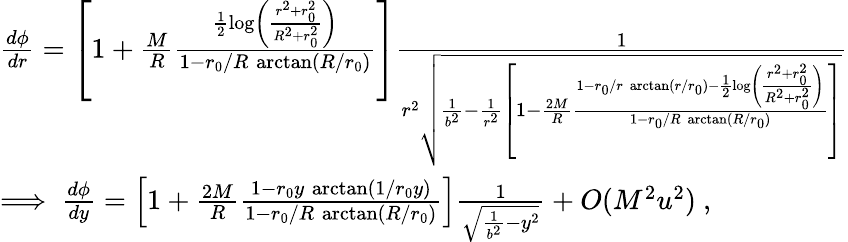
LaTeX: \begin{array}{l}{{\frac{d\phi}{dr}=\left[1+\frac{M}{R}\frac{\frac{1}{2}\log\left(\frac{r^{2}+r_{0}^{2}}{R^{2}+r_{0}^{2}}\right)}{1-r_{0}/R\, \arctan(R/r_{0})}\right]\frac{1}{r^{2}\sqrt{\frac{1}{b^{2}}-\frac{1}{r^{2}}\left[1-\frac{2M}{R}\frac{1-r_{0}/r\, \arctan(r/r_{0})-\frac{1}{2}\log\left(\frac{r^{2}+r_{0}^{2}}{R^{2}+r_{0}^{2}}\right)}{1-r_{0}/R\, \arctan(R/r_{0})}\right]}}}}\\ {{\Longrightarrow\ \frac{d\phi}{dy}=\left[1+\frac{2M}{R}\frac{1-r_{0}y\, \arctan(1/r_{0}y)}{1-r_{0}/R\, \arctan(R/r_{0})}\right]\frac{1}{\sqrt{\frac{1}{b^{2}}-y^{2}}}+O(M^{2}u^{2})\ ,}}\end{array}